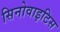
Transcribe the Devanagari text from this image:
सिनोवाइटिस